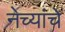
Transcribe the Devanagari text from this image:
नेच्यांचे